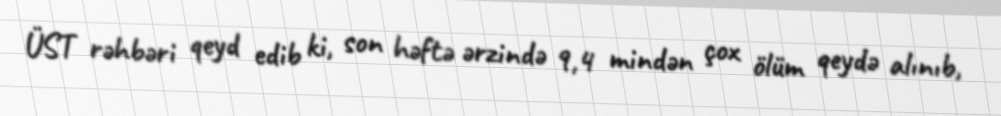
ÜST rəhbəri qeyd edib ki, son həftə ərzində 9,4 mindən çox ölüm qeydə alınıb,